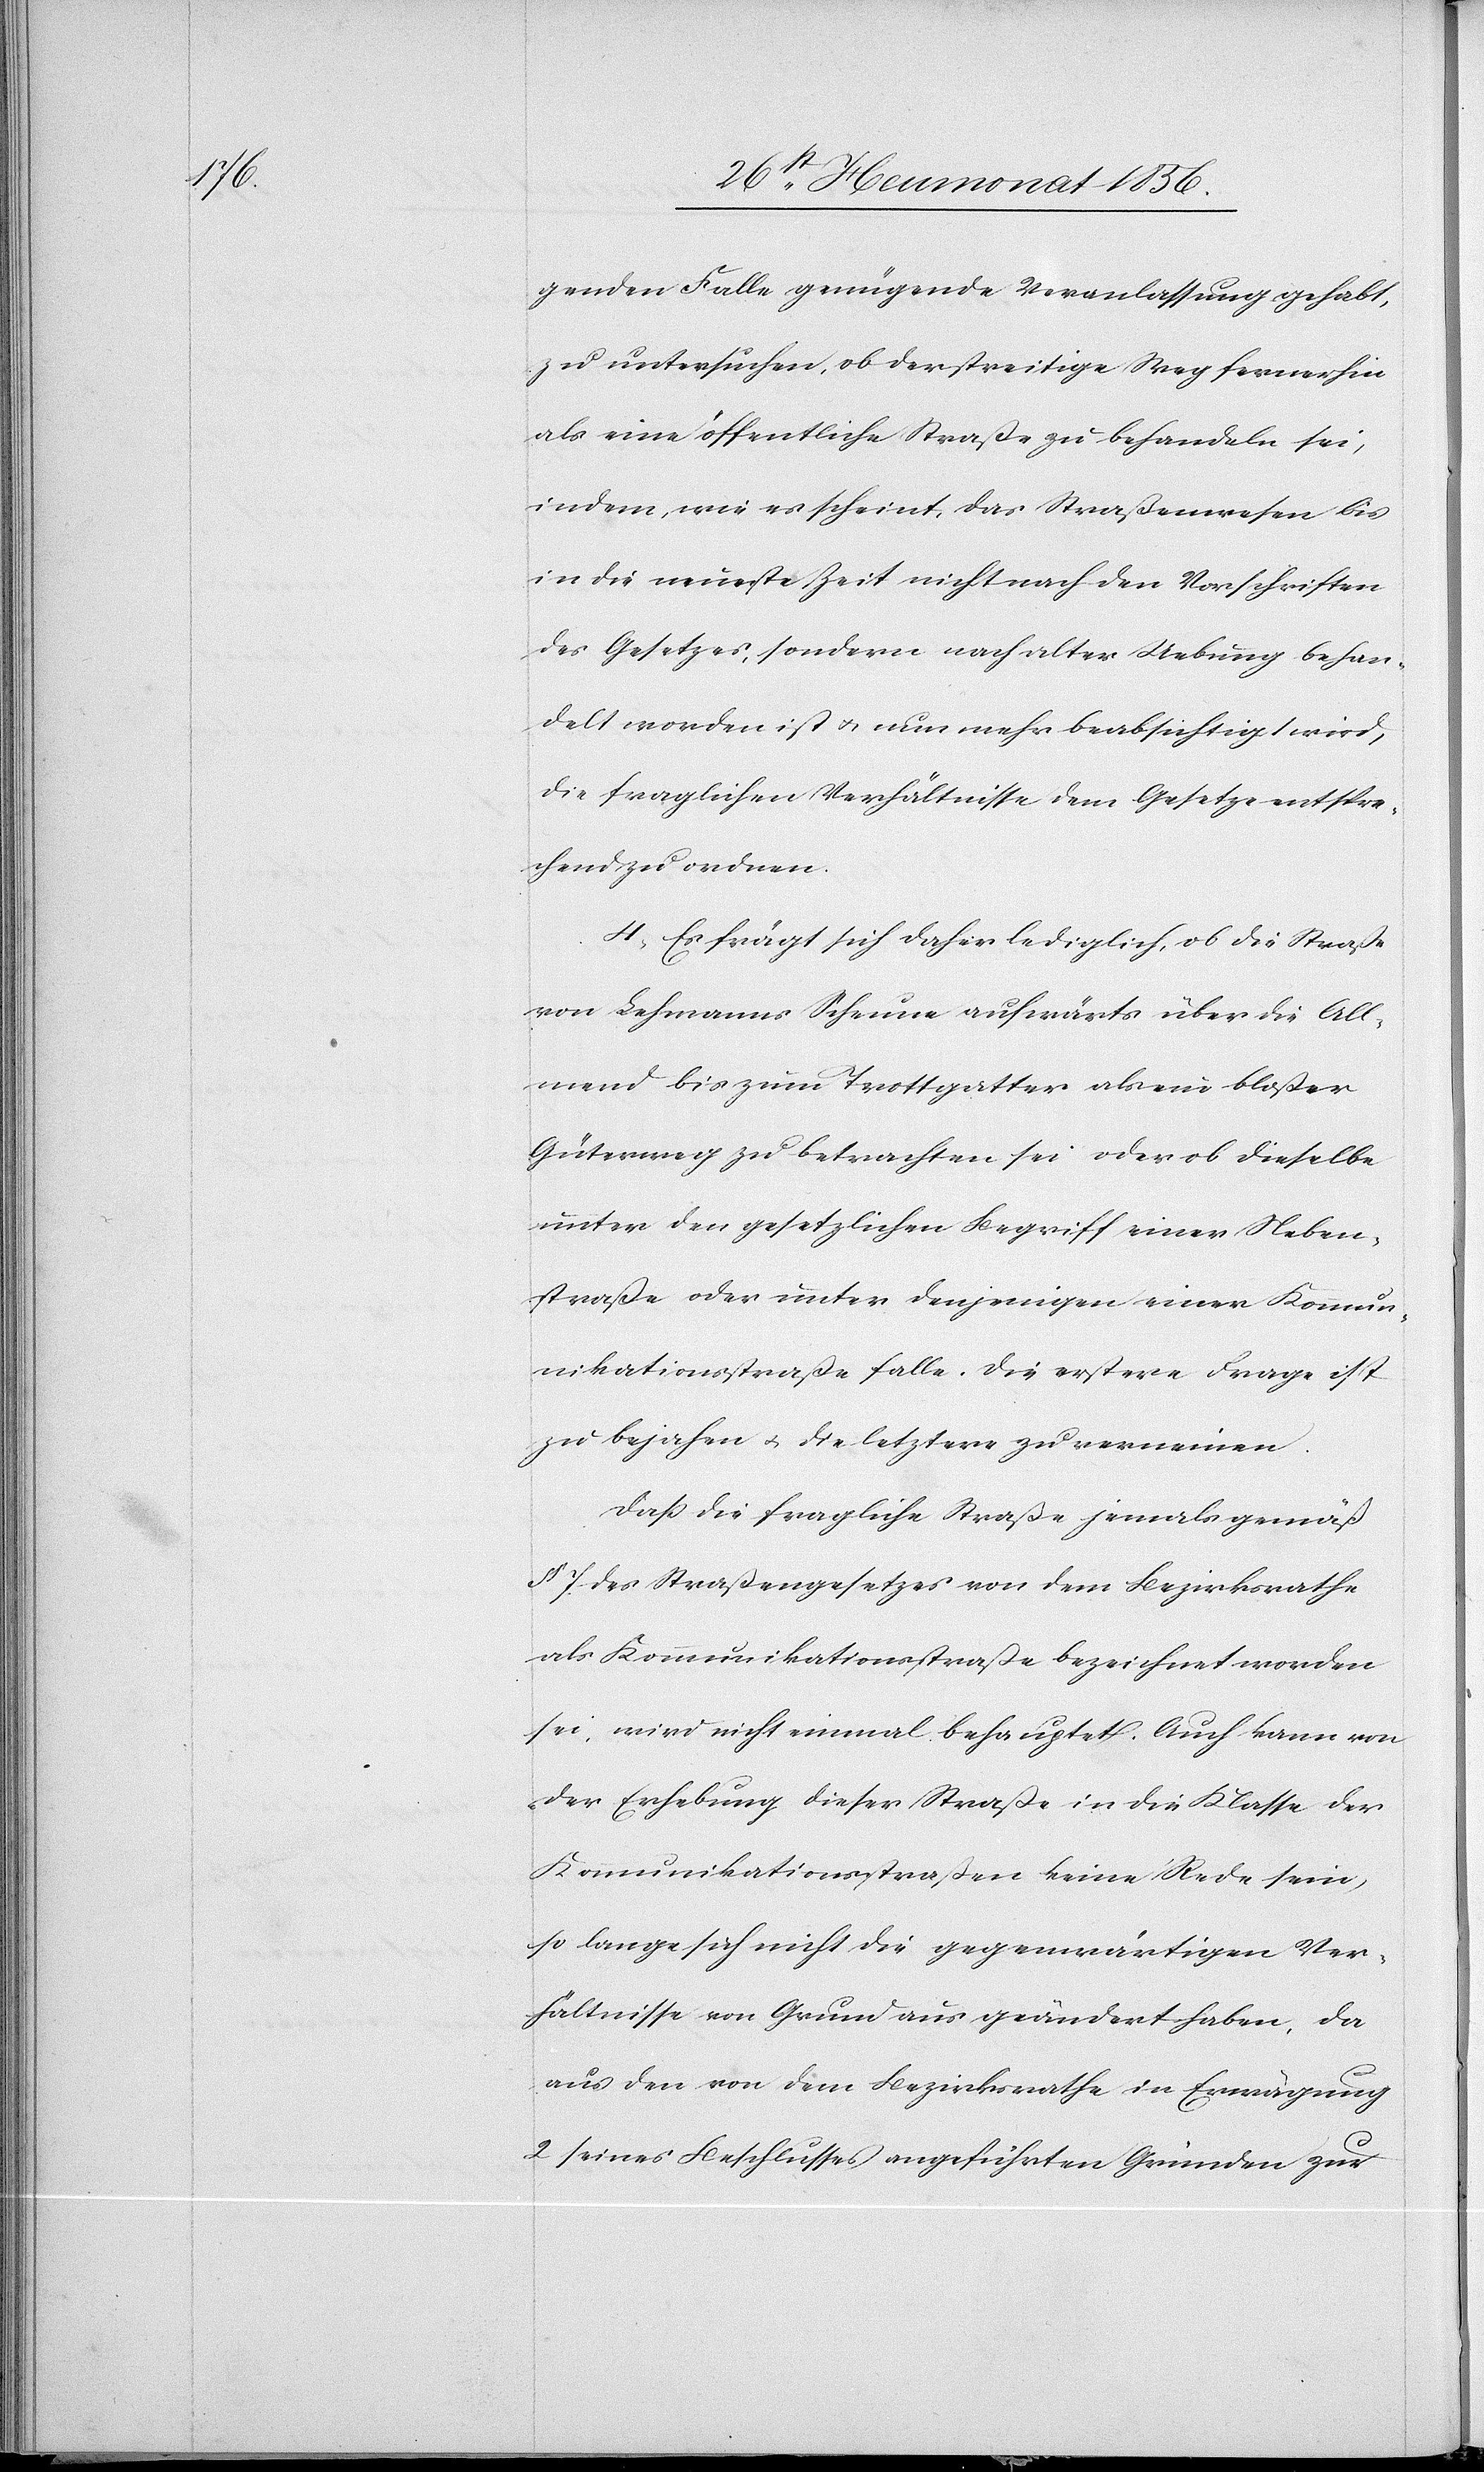
genden Falle genügende Veranlassung gehabt,
zu untersuchen, ob der streitige Weg fernerhin
als eine öffentliche Straße zu behandeln sei,
indem wie es scheint, das Straßenwesen bis
in die neueste Zeit nicht nach den Vorschriften
des Gesetzes, sondern nach alter Uebung behan¬
delt worden ist u. nun mehr beabsichtigt wird,
die fraglichen Verhältnisse dem Gesetze entspre¬
chend zu ordnen.
4.) Es frägt sich daher lediglich, ob die Straße
von Lehmanns Scheune aufwärts über die All¬
mend bis zum Trottgatter als ein bloßer
Güterweg zu betrachten sei oder ob dieselbe
unter den gesetzlichen Begriff einer Neben¬
straße oder unter denjenigen einer Kommu¬
nikationsstraße falle. Die erstere Frage ist
zu bejahen u. die letztere zu verneinen.
Dass die fragliche Straße jemals gemäß
§ 7 des Straßengesetzes von dem Bezirksrathe
als Kommunikationsstraße bezeichnet worden
sei, wird nicht einmal behauptet. Auch kann von
der Erhebung dieser Straße in die Klasse der
Kommunikationsstraßen keine Rede sein,
so lange sich nicht die gegenwärtigen Ver¬
hältnisse von Grund aus geändert haben, da
aus den von dem Bezirksrathe in Erwägung
2 seines Beschlusses angeführten Gründe zur